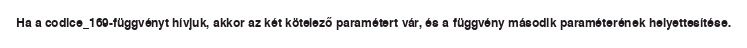
Ha a codice_169-függvényt hívjuk, akkor az két kötelező paramétert vár, és a függvény második paraméterének helyettesítése.